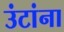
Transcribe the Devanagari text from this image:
उंटांना